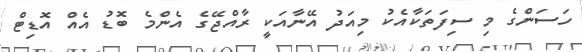
ހަސަންގެ މި ސިފަތަކާއެކު މިއަދު އޭނާއަކީ ރާއްޖޭގެ އެންމެ ބޮޑު އެއް އޮޑިޓް